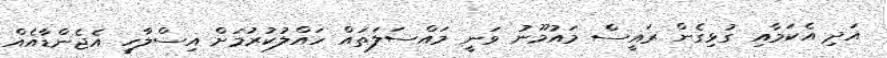
އަދި އެކަމާއި ގުޅިގެން ރައީސް މައުމޫނު ވަނީ މައްސަލަތައް ހައްލުކުރުމަށް އިސްލާހީ އެޖެންޑާއެއް